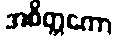
အစိတ္တကော